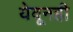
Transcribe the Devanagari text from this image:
येवूनही